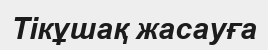
Тікұшақ жасауға